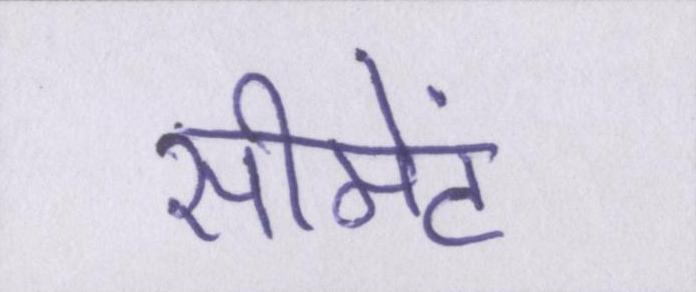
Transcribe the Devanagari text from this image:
सीमेंट